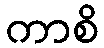
ကာစိ